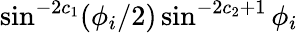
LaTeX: \sin^{-2c_{1}}(\phi_{i}/2)\sin^{-2c_{2}+1}\phi_{i}